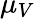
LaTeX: \mu_{V}